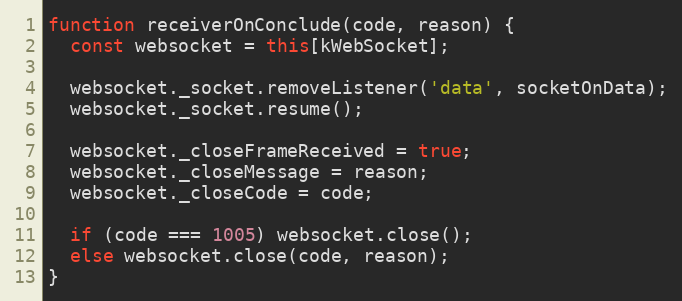
Language: JavaScript
function receiverOnConclude(code, reason) {
  const websocket = this[kWebSocket];

  websocket._socket.removeListener('data', socketOnData);
  websocket._socket.resume();

  websocket._closeFrameReceived = true;
  websocket._closeMessage = reason;
  websocket._closeCode = code;

  if (code === 1005) websocket.close();
  else websocket.close(code, reason);
}